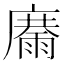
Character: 𩃽